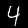
Label: 4